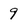
Character: 9